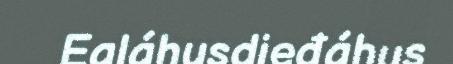
Ealáhusdieđáhus